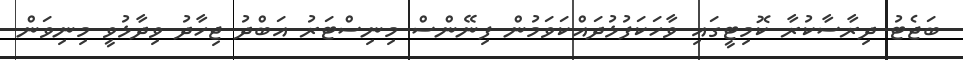
ބަޖެޓު ދިރާސާކުރާ ކޮމިޓީގައި ވާހަކަފުޅުދައްކަވަމުން ފިނޭންސް މިނިސްޓަރު އަބްދު ޖިހާދު ވިދާޅުވީ މިނިވަން